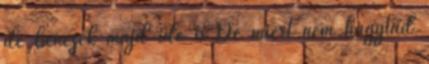
de benézek majd ide is De miért nem hagytad